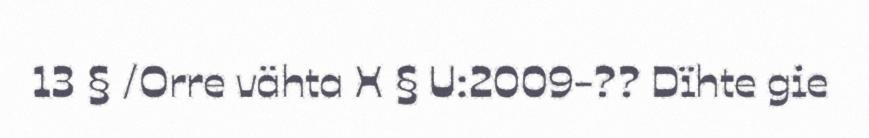
13 § /Orre vähta X § U:2009-?? Dïhte gie